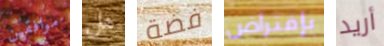
موافقين هل فضة بإفتراض أريد